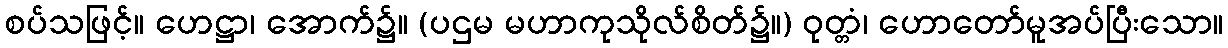
စပ်သဖြင့်။ ဟေဋ္ဌာ၊ အောက်၌။ (ပဌမ မဟာကုသိုလ်စိတ်၌။) ဝုတ္တံ၊ ဟောတော်မူအပ်ပြီးသော။